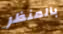
بالمنظر